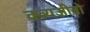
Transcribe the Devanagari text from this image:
क्व्यजीबो